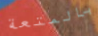
بالمتعة